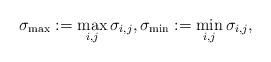
LaTeX: \begin{align*}\sigma_{\max}:=\max_{i,j}\sigma_{i,j},\sigma_{\min} := \min_{i,j}\sigma_{i,j},\end{align*}